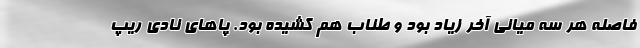
فاصله هر سه میانی آخر زیاد بود و طناب هم کشیده بود. پاهای نادی ریپ